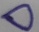
Text: D